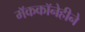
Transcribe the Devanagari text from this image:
मॅककॉनेहीने